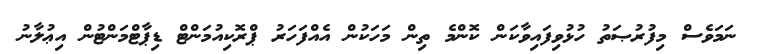
ނަމަވެސް މިފުރުޞަތު ހުޅުވިފައިވާކަން ކޮންމެ ތިން މަހަކުން އެއްފަހަރު ޕްރޮކިއުމަންޓް ޑިޕާޓްމަންޓުން އިޢުލާނު